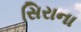
સિરાના